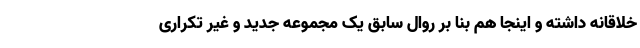
خلاقانه داشته و اینجا هم بنا بر روال سابق یک مجموعه جدید و غیر تکراری